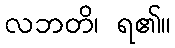
လဘတိ၊ ရ၏။